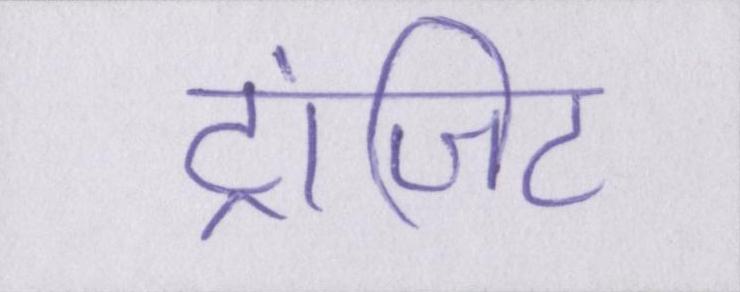
ट्रांजिट